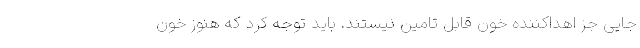
جایی جز اهداکننده خون قابل تامین نیستند. باید توجه کرد که هنوز خون